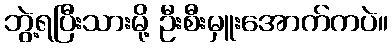
ဘွဲ့ရပြီးသားမို့ ဦးစီးမှူးအောက်ကပဲ။